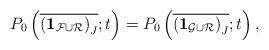
LaTeX: \begin{align*} P_0 \left( \overline{({{\bf 1}_{\mathcal{F} \cup \mathcal{R}})}_J} ; t \right) = P_0 \left( \overline{({{\bf 1}_{\mathcal{G} \cup \mathcal{R}})}_J} ; t \right),\end{align*}